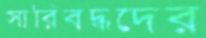
সারিবদ্ধদের